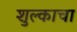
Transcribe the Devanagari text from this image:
शुल्काचा